Annual vaccination report of Bihar and Orissa - 1911-1928
Year: 1911
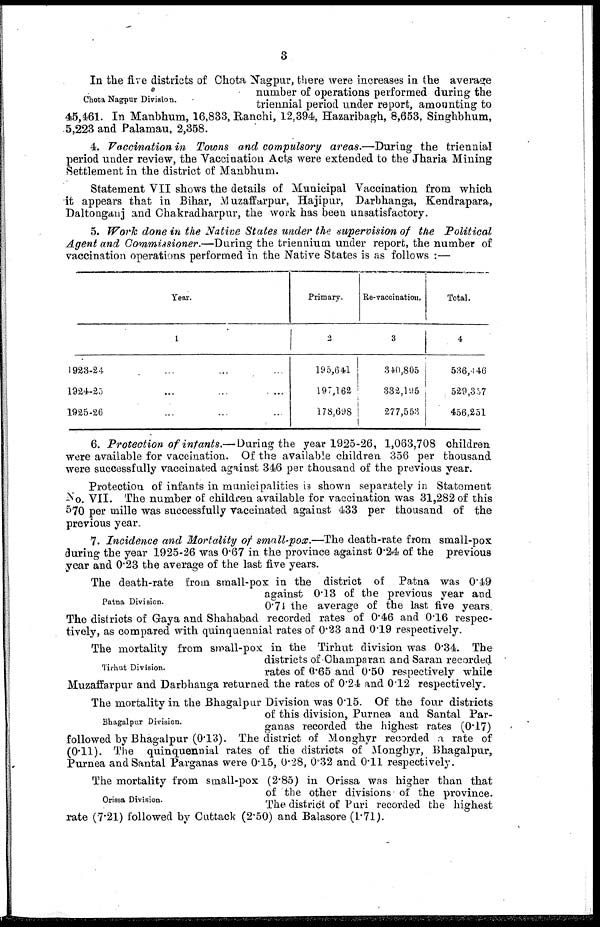
3
Chota Nagpur Division.
In the five districts of Chota Nagpur, there were increases in the average
number of operations performed during the
triennial period under report, amounting to
45,461. In Manbhum, 16,833, Ranchi, 12,394, Hazaribagh, 8,653, Singhbhum,
5,223 and Palamau, 2,358.
4. Vaccination in Towns and compulsory areas.—During the triennial
period under review, the Vaccination Acts were extended to the Jharia Mining
Settlement in the district of Manbhum.
Statement VII shows the details of Municipal Vaccination from which
it appears that in Bihar, Muzaffarpur, Hajipur, Darbhanga, Kendrapara,
Daltoaganj and Chakradharpur, the work has been unsatisfactory.
5. Work done in the Native States under the supervision of the Political
Agent and Commissioner.—During the triennium under report, the number of
vaccination operations performed in the Native States is as follows :—
Year.
1
1923-24
1924-25
1925-26
Primary.
2
195,641
197,162
178.698
Re-vaccination.
3
340,805
332,195
277,553
Total.
4
536,446
529,357
456,251
6. Protection of infants.— During the year 1925-26, 1,063,708 children
were available for vaccination. Of the available children 356 per thousand
were successfully vaccinated against 346 per thousand of the previous year.
Protection of infants in municipalities is shown separately in Statement
No. VII. The number of children available for vaccination was 31,282 of this
570 per mille was successfully vaccinated against 433 per thousand of the
previous year.
7. Incidence and Mortality of small-pox.—The death-rate from small-pox
during the year 1925-26 was 0.67 in the province against 0.24 of the previous
year and 0.23 the average of the last five years.
Patna Division.
The death-rate from small-pox in the district of Patna was 0.49
against 0.13 of the previous year and
0.71 the average of the last five years.
The districts of Gaya and Shahabad recorded rates of 0.46 and 0.16 respec-
tively, as compared with quinquennial rates of 0.23 and 0.19 respectively.
Tirhut Division.
The mortality from small-pox in the Tirhut division was 0.34. The
districts of Champaran and Saran recorded
rates of 0.65 and 0.50 respectively while
Muzaffarpur and Darbhanga returned the rates of 0.24 and 0.12 respectively.
Bhagalpur Division.
The mortality in the Bhagalpur Division was 0.15. Of the four districts
of this division, Purnea and Santal Par-
ganas recorded the highest rates (0.17)
followed by Bhagalpur (0.13). The district of Monghyr recorded a rate of
(0.11). The quinquennial rates of the districts of Monghyr, Bhagalpur,
Purnea and Santal Parganas were 0.15, 0.28, 0.32 and 0.11 respectively.
Orissa Division.
The mortality from small-pox (2.85) in Orissa was higher than that
of the other divisions of the province.
The district of Puri recorded the highest
rate (7.21) followed by Cuttack (2.50) and Balasore (1.71).